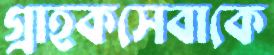
গ্রাহকসেবাকে